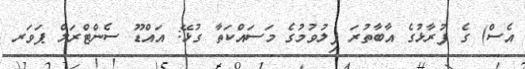
އެސް) ގެ ފުރާޅުގެ އާބާތުރަ ފިލުވުމުގެ މަސައްކަތާ ގުޅޭ: އައްޑޫ ސެންޓްރަލް ޕަވަރ